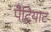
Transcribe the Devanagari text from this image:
पैट्रियाट